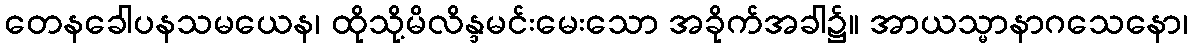
တေနခေါပနသမယေန၊ ထိုသို့မိလိန္ဒမင်းမေးသော အခိုက်အခါ၌။ အာယသ္မာနာဂသေနော၊